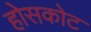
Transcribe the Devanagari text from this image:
होसकोट